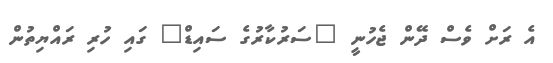
އެ ރަށް ވެސް ދޭން ޖެހުނީ "ސަރުކާރުގެ ސައިޑް" ގައި ހުރި ރައްޔިތުން